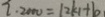
2 \cdot 2 0 0 0 = 1 2 k _ { 1 } + b _ { 1 }